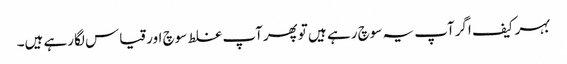
بہرکیف اگرآپ یہ سوچ رہے ہیں توپھرآپ غلط سوچ اورقیاس لگارہے ہیں۔